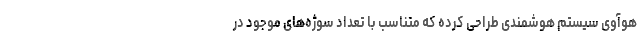
هوآوی سیستم هوشمندی طراحی کرده که متناسب با تعداد سوژه‌های موجود در